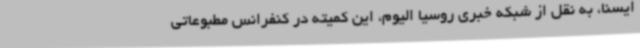
ایسنا، به نقل از شبکه خبری روسیا الیوم، این کمیته در کنفرانس مطبوعاتی